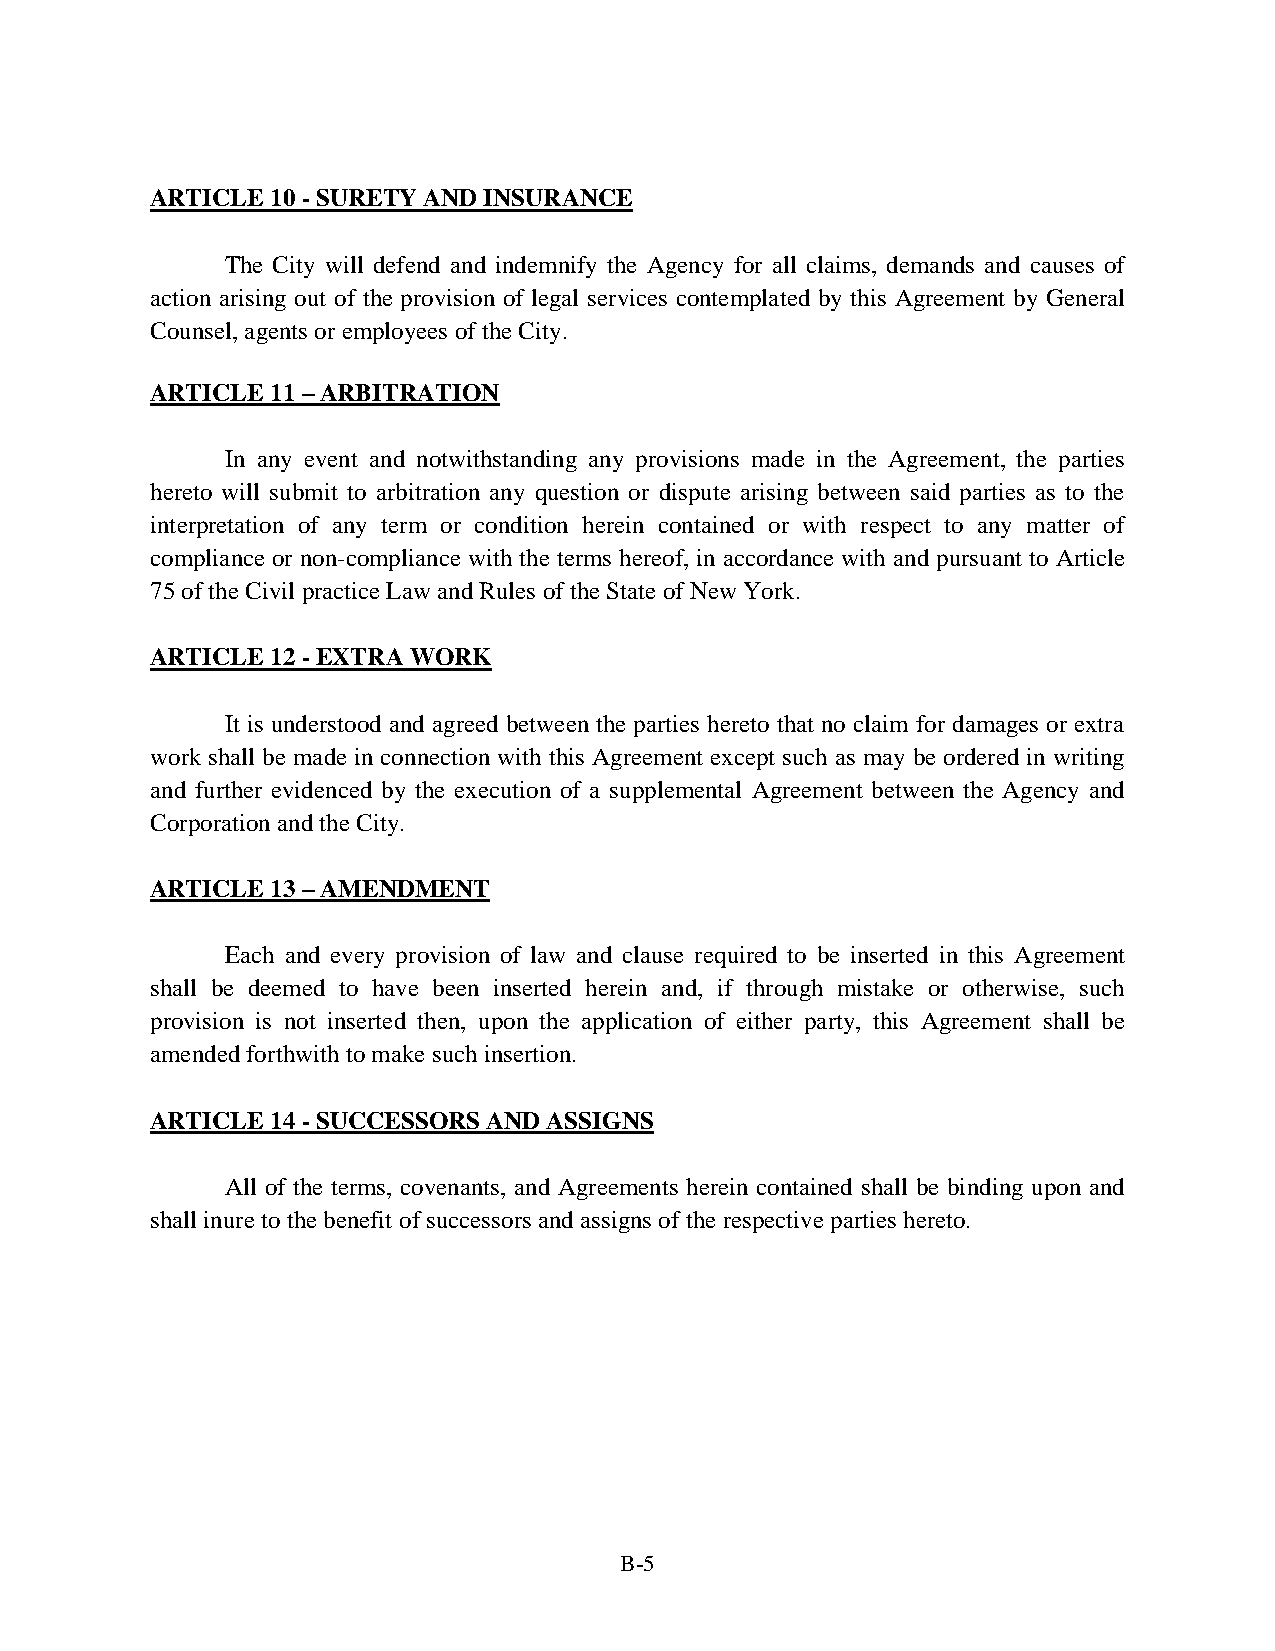
ARTICLE 10 - SURETY AND INSURANCE
 The City will defend and indemnify the Agency for all claims, demands and causes of
 action arising out of the provision of legal services contemplated by this Agreement by General
 Counsel, agents or employees of the City.
 ARTICLE 11 – ARBITRATION
 In any event and notwithstanding any provisions made in the Agreement, the parties
 hereto will submit to arbitration any question or dispute arising between said parties as to the
 interpretation of any term or condition herein contained or with respect to any matter of
 compliance or non-compliance with the terms hereof, in accordance with and pursuant to Article
 75 of the Civil practice Law and Rules of the State of New York.
 ARTICLE 12 - EXTRA WORK
 It is understood and agreed between the parties hereto that no claim for damages or extra
 work shall be made in connection with this Agreement except such as may be ordered in writing
 and further evidenced by the execution of a supplemental Agreement between the Agency and
 Corporation and the City.
 ARTICLE 13 – AMENDMENT
 Each and every provision of law and clause required to be inserted in this Agreement
 shall be deemed to have been inserted herein and, if through mistake or otherwise, such
 provision is not inserted then, upon the application of either party, this Agreement shall be
 amended forthwith to make such insertion.
 ARTICLE 14 - SUCCESSORS AND ASSIGNS
 All of the terms, covenants, and Agreements herein contained shall be binding upon and
 shall inure to the benefit of successors and assigns of the respective parties hereto.
 B-5